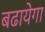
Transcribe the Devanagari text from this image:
बढायेगा